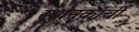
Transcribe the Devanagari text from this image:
स्थांनकांची